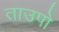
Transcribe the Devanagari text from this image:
ताउपो